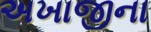
અખાજીના